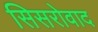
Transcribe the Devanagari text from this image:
सिसरोवाद